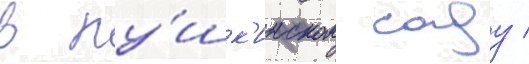
в пу́шк'инском саду /